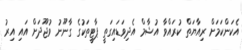
އެކަންކަމަށް ރިއާޔަތް ކުރައްވާ އުޝާމް އެދިވަޑައިގަތީ ޕާޓީތަކުގެ ގާނޫނު ވުޖޫދަށް އައި އިރު